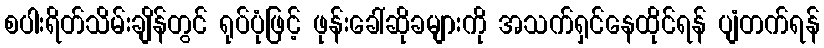
စပါးရိတ်သိမ်းချိန်တွင် ရုပ်ပုံဖြင့် ဖုန်းခေါ်ဆိုခများကို အသက်ရှင်နေထိုင်ရန် ပျံတက်ရန်